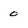
Character: 0